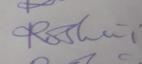
Signature authenticity: forged